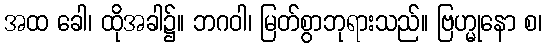
အထ ခေါ၊ ထိုအခါ၌။ ဘဂဝါ၊ မြတ်စွာဘုရားသည်။ ဗြဟ္မုနော စ၊